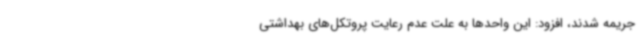
جریمه شدند، افزود: این واحدها به علت عدم رعایت پروتکل‌های بهداشتی